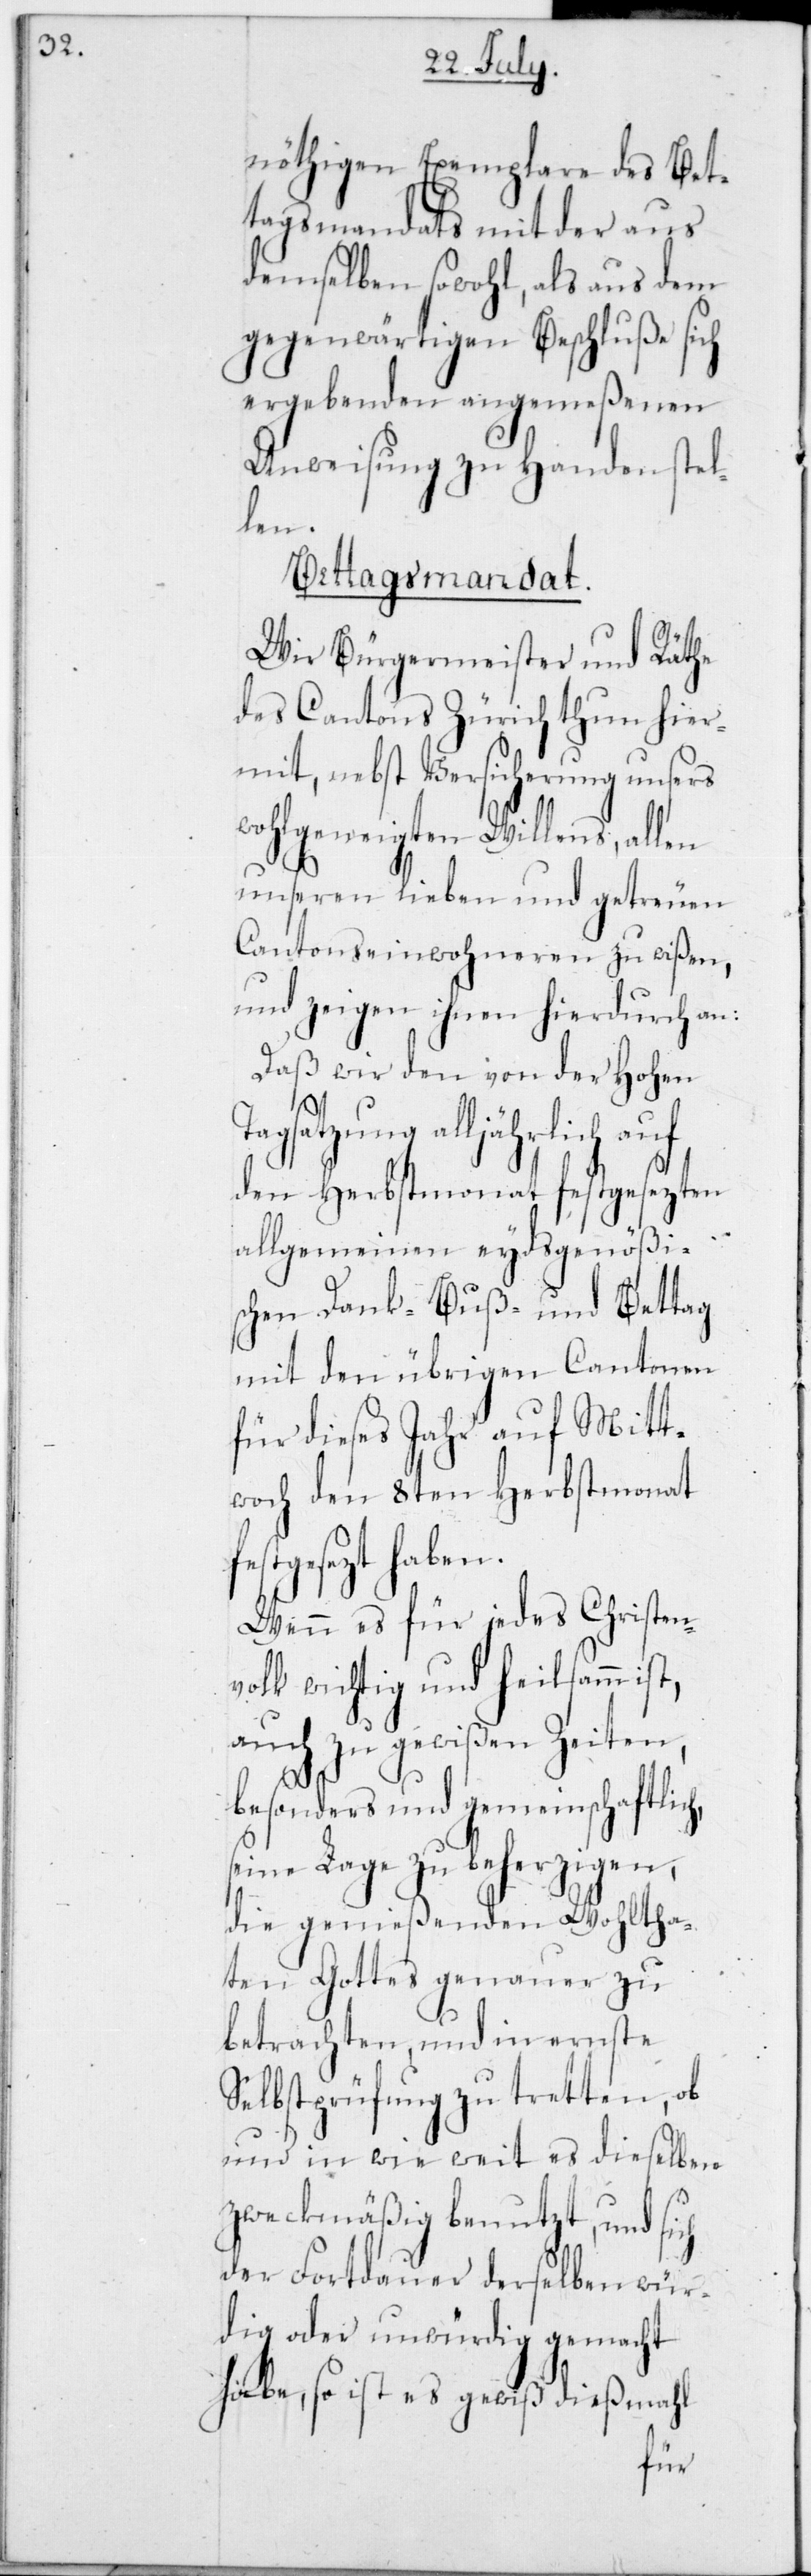
nöthigen Exemplare des Bet¬
tagsmandats mit der aus
demselben sowohl, als aus dem
gegenwärtigen Beschluße sich
ergebenden angemeßenen
Anweisung zu Handen stel¬
len.
Bettagsmandat.
Wir Bürgermeister und Räthe
des Cantons Zürich thun hier¬
mit, nebst Versicherung unsers
wohlgeneigten Willens, allen
unseren lieben und getreuen
Cantonseinwohneren zu wißen,
und zeigen ihnen hierdurch an:
Daß wir den von der Hohen
Fortdauer derselben wü¬
den Herbstmonat festgesezten
allgemeinen eydsgenößi¬
schen Dank- [,] Buß- und Bettag
mit den übrigen Cantonen
für dieses Jahr auf Mitt¬
woch den 8ten Herbstmonat
festgesezt haben.
Wenn es für jedes Christen¬
volk wichtig und heilsamm ist,
auch zu gewißen Zeiten,
h,
besonders und gemeinschaftlic¬
seine Lage zu beherzigen,
die genießenden Wohltha¬
ten Gottes genauer zu
betrachten, und in ernste
Selbstprüfung zu tretten, ob
und in wie weit es dieselben
zweckmäßig benutzt, und sich
rdig oder unwürdig gemacht
habe, so ist es gewiß dießmahl